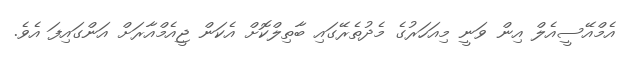
އެމްއޭސީއެލް އިން ވަނީ މިއަހަރުގެ މެދުތެރޭގައި ބާތިލްކޮށް އެކަން ޖީއެމްއާރަށް އަންގައިފަ އެވެ.